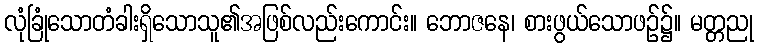
လုံခြုံသောတံခါးရှိသောသူ၏အဖြစ်လည်းကောင်း။ ဘောဇနေ၊ စားဖွယ်သောဖဉ်၌။ မတ္တညု